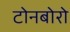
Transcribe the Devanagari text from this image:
टोनबोरो